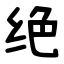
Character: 绝